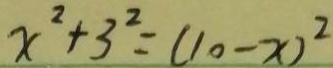
x ^ { 2 } + 3 ^ { 2 } = ( 1 0 - x ) ^ { 2 }